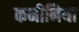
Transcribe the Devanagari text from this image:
कनीनिया